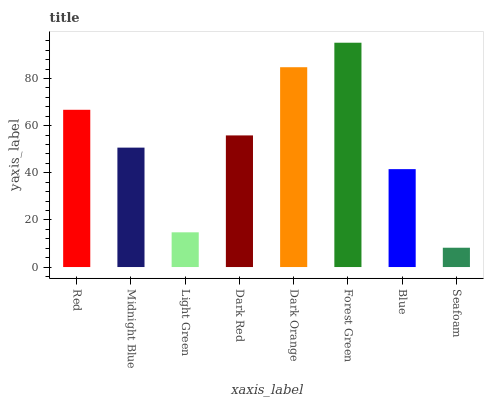
| xaxis_label | bars |
 | --- | --- |
 | Red | 66.7 |
 | Midnight Blue | 50.7 |
 | Light Green | 14.7 |
 | Dark Red | 55.9 |
 | Dark Orange | 84.8 |
 | Forest Green | 95.2 |
 | Blue | 41.6 |
 | Seafoam | 8.2 |